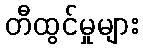
တီထွင်မှုများ